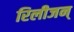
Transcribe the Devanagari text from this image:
रिलीजन्